Annual report on the working of the lock hospitals in the Central Provinces
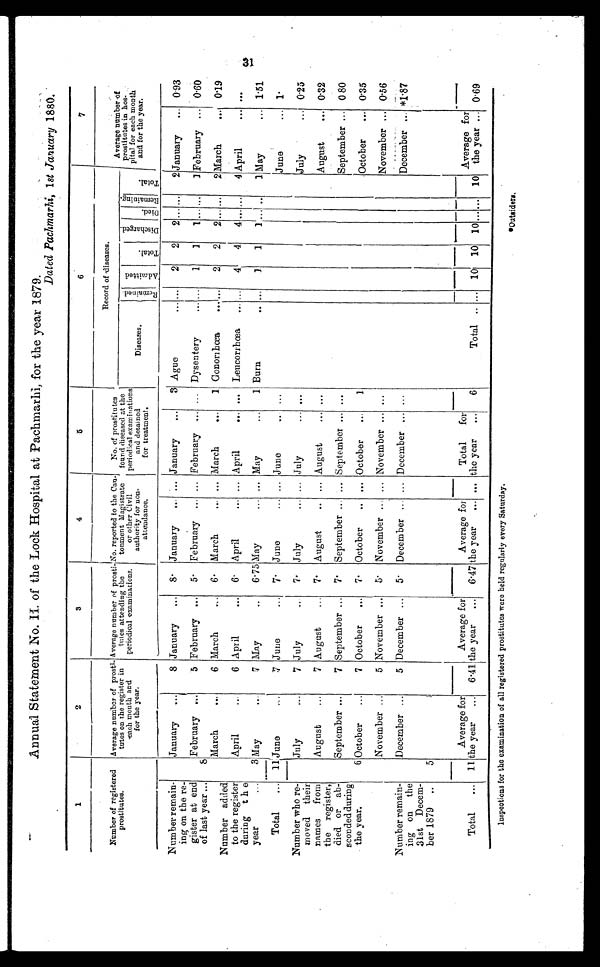
31
Annual Statement No. II. of the Lock Hospital at Pachmarhi, for the year 1879.
Dated Pachmarhi, 1st January 1880.
1
2
3
4
5
6
7
Number of registered
prostitutes.
Average number of prost
i-
totes on the register in
each mouth and
for the year.
Average number of prosti-
tutes attending the
periodical examinations.
No. reported to the Can-
tonment Magistrate
or other Civil
authority for non-
attendance.
No. of prostitutes
found diseased at the
periodical examinations
and detained
for treatment.
Record of diseases.
Average number of
prostitutes in hos-
pital for each month
and for the year.
Di s e a s e s .
R e m a i n e d . A d m i t t e d .
T o t a l .
D i s c h a r g e d .
D i e d .
R e ma i n i n g .
T o t a l .
Number remain-
ing on the re-
gister at end
of last year ...
January ...
8 January ... 8. January ... ... January .... 3 Ague
... . . . 2 2 2 ... ... 2 January ... 0.93
8
February ....
5 February ... 5. February ... ... February ... ... Dysentery
. . . 1 1
1 . . . . . . 1 February ... 0.60
March
...
6 March
... 6. March
... ... March
... 1 Gonorihœa
...... 2 2 2 2 ... ... 2 March
... 0.19
Number added
to the register
during the
year
...
April
...
6 April
... 6. April
... ... April
... ... Leucorrhœa ... ... 4 4 4 . . . . . .
4 April
...
. . .
3 May
...
7 May
... 6.75 May
... ... May
... 1 Burn
.. ... 1 1
1 . . . . . . 1 May
... 1.51
Total ... 11 June
...
7 June
... 7. June
... ... June
... ...
June
... 1.
Number who re-
moved their
names from
the register,
died or ab-
sconded during
the year.
July
...
7 July
...
7. July
... ... July
...
. . .
July
... 0.25
August ...
7 August
... 7. August
... . . . August
. . .
August
... 0.32
September ...
7 September ... 7. September ... ... September ... ...
September ... 0 80
6 October ...
7 October ... 7. October ... ... October ... 1
October ... 0.35
November ...
5 November
5. November ... ... November ... ...
November
0.56
Number remain-
ing on the
31st Decem-
ber 1879 ..
December ...
5 December ... 5. December ... ... December ... ...
December ... *1.87
5
Total ... 11
Average for
the year ... 6.41
Average for
the year ... 6.47
Average for
the year ... . . .
Total for
the year ... 6
Total .. . . . 10 10 10 . . . . . . 10
Average for
the year ... 0.69
Inspections for the examination of all registered prostitutes were held regularly every Saturday.